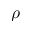
\rho